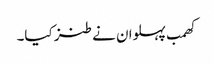
کھمب پہلوان نے طنز کیا۔